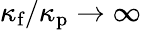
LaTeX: \kappa_{\textrm{f}}/\kappa_{\textrm{p}}\rightarrow\infty